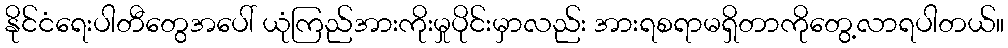
နိုင်ငံရေးပါတီတွေအပေါ် ယုံကြည်အားကိုးမှုပိုင်းမှာလည်း အားရစရာမရှိတာကိုတွေ့လာရပါတယ်။